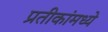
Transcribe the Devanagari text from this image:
प्रतीकांमध्ये